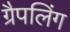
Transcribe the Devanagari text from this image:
ग्रैपलिंग